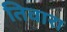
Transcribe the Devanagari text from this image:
तिवारा